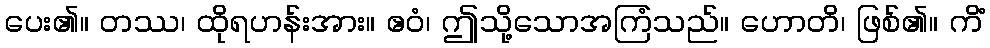
ပေး၏။ တဿ၊ ထိုရဟန်းအား။ ဧဝံ၊ ဤသို့သောအကြံသည်။ ဟောတိ၊ ဖြစ်၏။ ကိံ